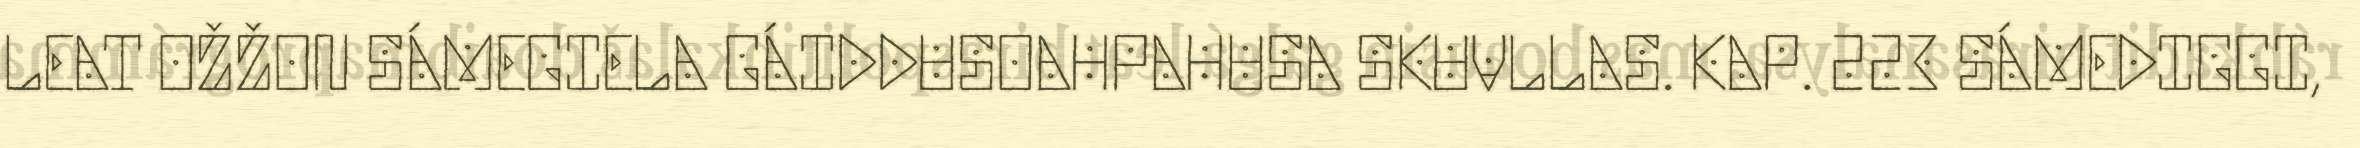
LEAT OŽŽON SÁMEGIELA GÁIDDUSOAHPAHUSA SKUVLLAS. KAP. 223 SÁMEDIGGI,